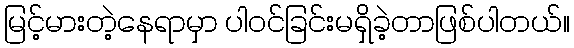
မြင့်မားတဲ့နေရာမှာ ပါဝင်ခြင်းမရှိခဲ့တာဖြစ်ပါတယ်။